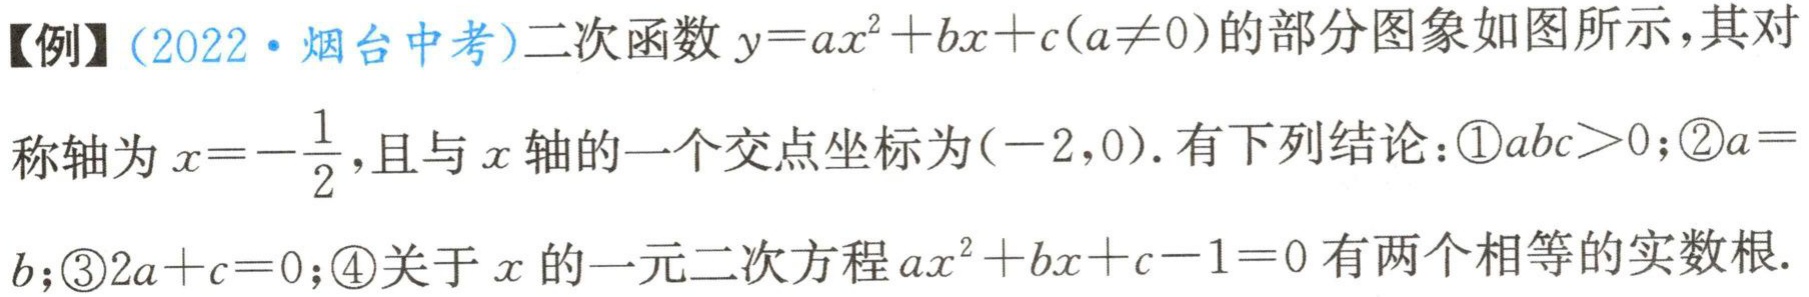
【例】(2022·烟台中考)二次函数\(y = ax^{2}+bx + c(a\neq0)\)的部分图象如图所示，其对称轴为\(x =-\frac{1}{2}\)，且与\(x\)轴的一个交点坐标为\((-2,0)\). 有下列结论：\textcircled{1}\(abc>0\)；\textcircled{2}\(a = b\)；\textcircled{3}\(2a + c = 0\)；\textcircled{4}关于\(x\)的一元二次方程\(ax^{2}+bx + c - 1 = 0\)有两个相等的实数根.